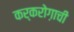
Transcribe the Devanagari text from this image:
कर्करोग़ाची